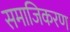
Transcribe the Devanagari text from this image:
समाजिकरण